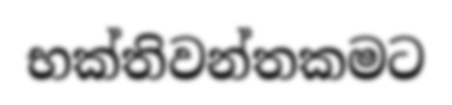
භක්තිවන්තකමට